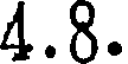
4.8.